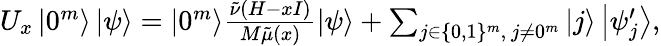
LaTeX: \begin{array}{r}{U_{x}\left|0^{m}\right\rangle\left|\psi\right\rangle=\left|0^{m}\right\rangle\frac{\tilde{\nu}(H-xI)}{M\tilde{\mu}(x)}\left|\psi\right\rangle+\sum_{j\in\{ 0,1\} ^{m},~j\neq 0^{m}}\left|j\right\rangle\left|\psi_{j}^{\prime}\right\rangle,}\end{array}